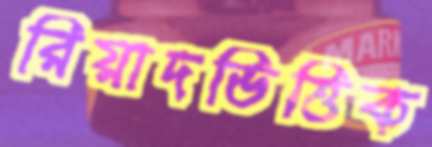
রিয়াদভিত্তিক